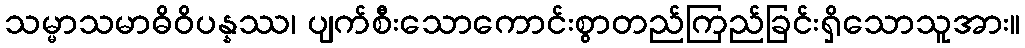
သမ္မာသမာဓိဝိပန္နဿ၊ ပျက်စီးသောကောင်းစွာတည်ကြည်ခြင်းရှိသောသူအား။